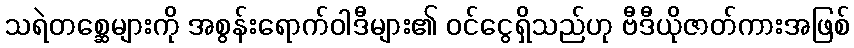
သရဲတစ္ဆေများကို အစွန်းရောက်ဝါဒီများ၏ ဝင်ငွေရှိသည်ဟု ဗီဒီယိုဇာတ်ကားအဖြစ်